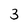
Character: 3